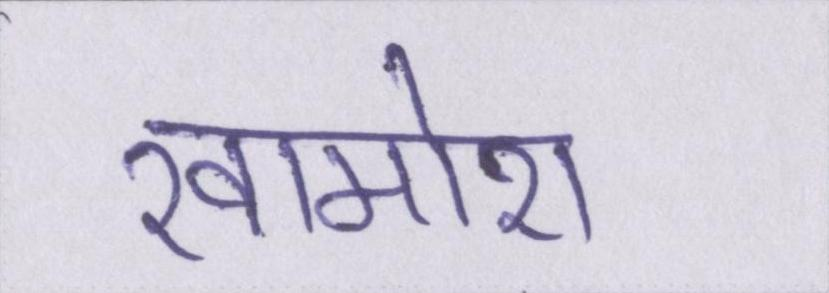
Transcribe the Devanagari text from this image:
खामोश